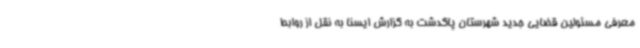
معرفی مسئولین قضایی جدید شهرستان پاکدشت به گزارش ایسنا به نقل از روابط